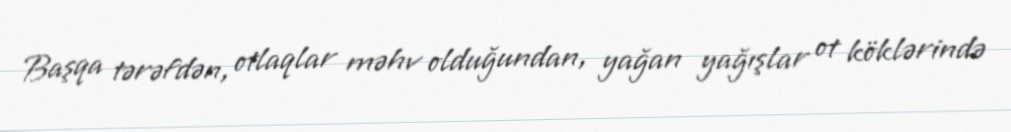
Başqa tərəfdən, otlaqlar məhv olduğundan, yağan yağışlar ot köklərində